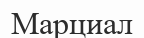
Марциал